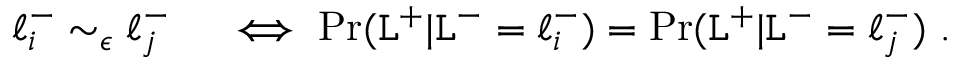
\begin{array} { r l } { \ell _ { i } ^ { - } \sim _ { \epsilon } \ell _ { j } ^ { - } } & { { } \iff \operatorname* { P r } ( \mathtt { L } ^ { + } | \mathtt { L } ^ { - } = \ell _ { i } ^ { - } ) = \operatorname* { P r } ( \mathtt { L } ^ { + } | \mathtt { L } ^ { - } = \ell _ { j } ^ { - } ) ~ . } \end{array}